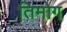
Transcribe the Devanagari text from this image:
तिमोग